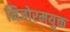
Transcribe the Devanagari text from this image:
मिजोरमयुक्त